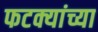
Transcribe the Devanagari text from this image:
फटक्यांच्या